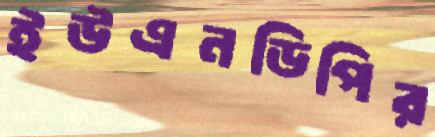
ইউএনডিপির